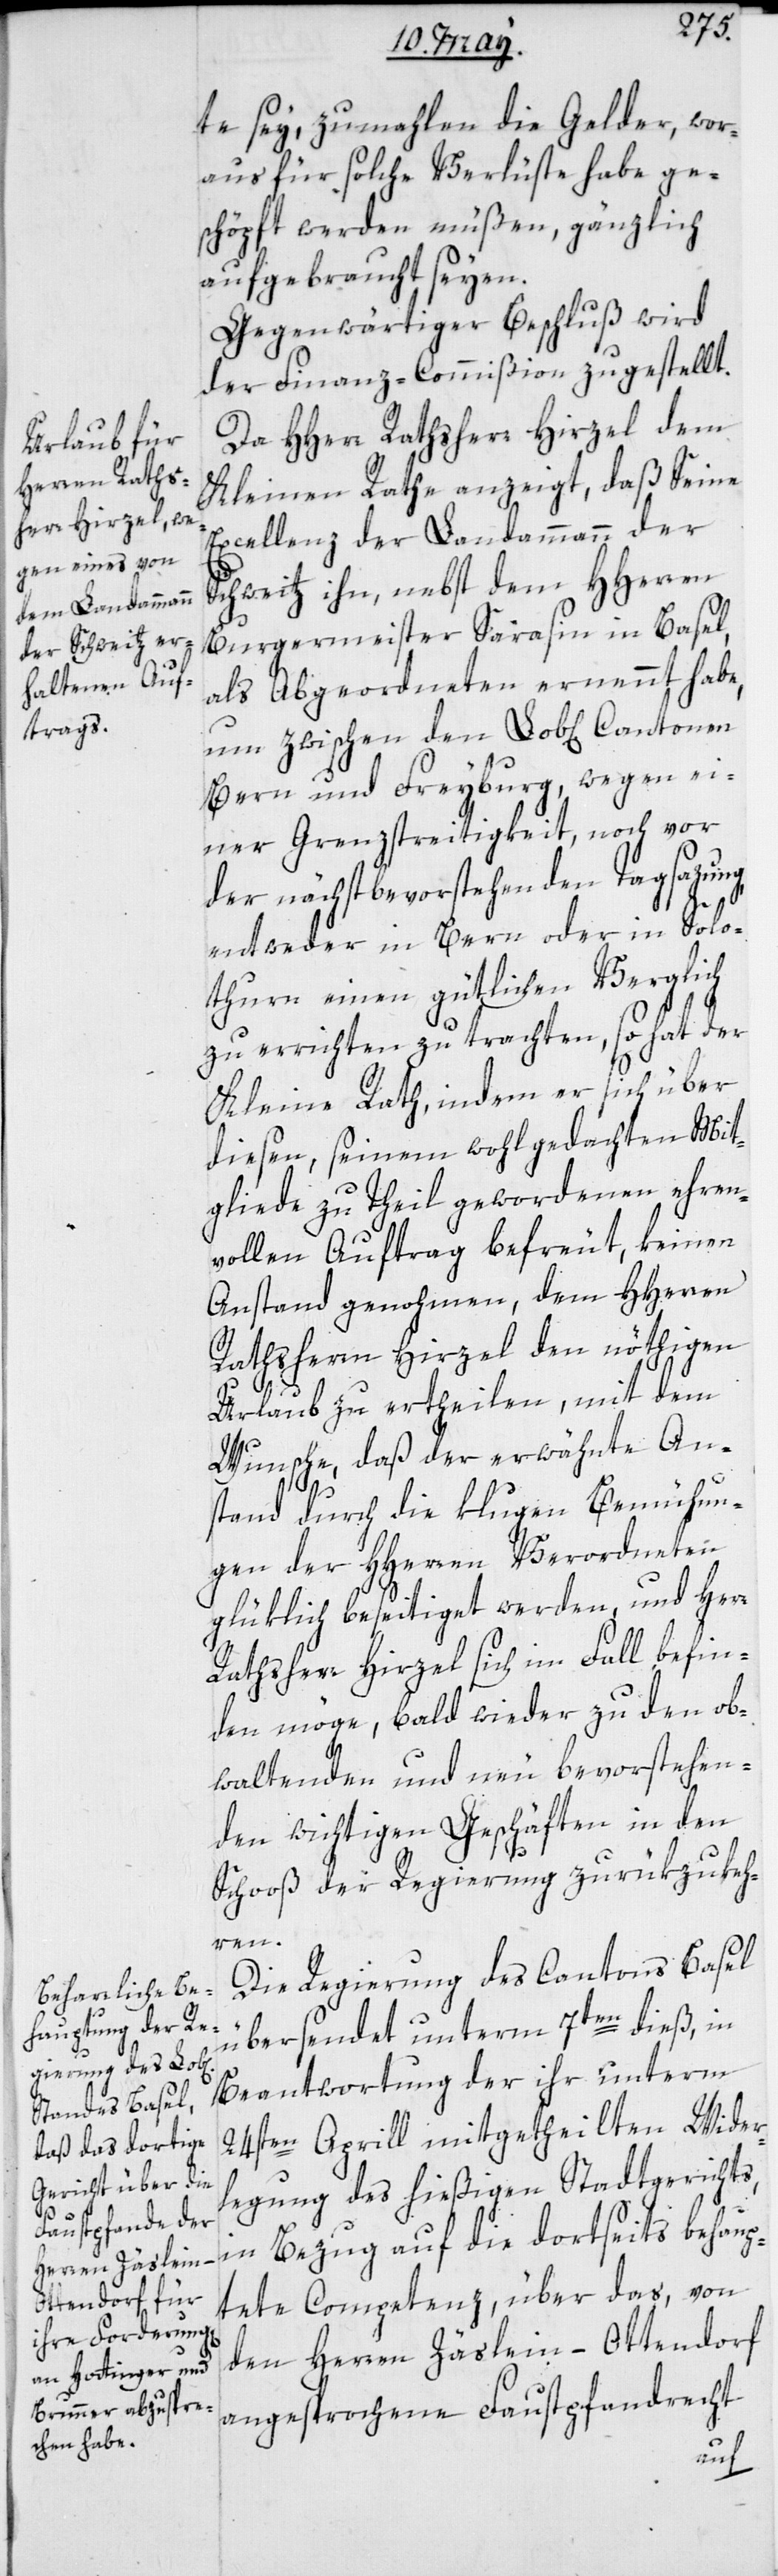
te sey, zumahlen die Gelder, wor¬
aus für solche Verlüste habe ge¬
schöpft werden müßen, gänzlich
aufgebraucht seyen.
Gegenwärtiger Beschluß wird
der Finanz-Commißion zugestellt.
Da HHerr Rathsherr Hirzel dem
Kleinen Rathe anzeigt, daß Seine
Excellenz der Landammann der
Schweitz ihn, nebst den HHerren
Burgermeister Sarasin in Basel,
als Abgeordneten ernennt habe,
um zwischen den Lob[lichen] Cantonen
Bern und Freyburg, wegen ei¬
ner Grenzstreitigkeit noch vor
der nächstbevorstehenden Tagsazung
entweder in Bern oder in Solo¬
thurn einen gütlichen Verglich
zu errichten zu trachten, so hat der
Kleine Rath, indem er sich über
diesen, seinem wohlgedachten Mit¬
gliede zu Theil gewordenen ehren¬
vollen Auftrag befreut, keinen
Anstand genohmen, den HHerren
Rathsherrn Hirzel den nöthigen
Urlaub zu ertheilen, mit dem
Wunsche, daß der erwähnte An¬
stand durch die klugen Bemühun¬
gen der HHerren Verordneten
glüklich beseitiget werden, und Herr
Rathsherr Hirzel sich im Fall befin¬
den möge, bald wieder zu den ob¬
waltenden und neu bevorstehen¬
den wichtigen Geschäften in den
Schooß der Regierung zurükzukeh¬
ren.
Der Regierung des Cantons Basel
übersendet unterm 7ten dieß, in
Beantwortung der ihr unterm
24sten Aprill mitgetheilten Wider¬
legung des hießigen Stadtgerichts,
in Bezug auf die dortseits behaup¬
tete Competenz, über das, von
den Herren Zäslein-Ottendorf
angesprochene Faustpfandrecht